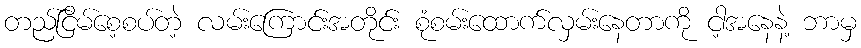
တည်ငြိမ်စေ့စပ်တဲ့ လမ်းကြောင်းအတိုင်း စုံစမ်းထောက်လှမ်းနေတာကို ငါ့အနေနဲ့ ဘာမှ